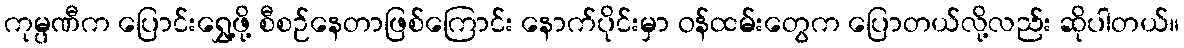
ကုမ္ပဏီက ပြောင်းရွှေ့ဖို့ စီစဉ်နေတာဖြစ်ကြောင်း နောက်ပိုင်းမှာ ဝန်ထမ်းတွေက ပြောတယ်လို့လည်း ဆိုပါတယ်။